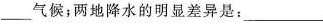
___气候；两地降水的明显差异是：___